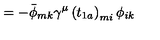
\qquad \qquad \qquad \qquad \qquad \qquad \qquad \qquad \qquad = - \bar { \phi } _ { m k } \gamma ^ { \mu } \left( t _ { 1 a } \right) _ { m i } \phi _ { i k }